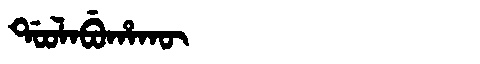
Manchu: ᡩᠣᠣᠯᠠᠪᡠᡥᠠᡴᡡ
Romanization: DOOLABUHAKŪ